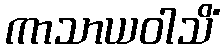
ကာသာယဝါသိံ